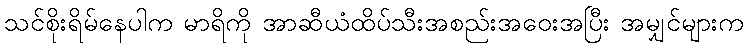
သင်စိုးရိမ်နေပါက မာရိကို အာဆီယံထိပ်သီးအစည်းအဝေးအပြီး အမျှင်များက